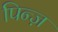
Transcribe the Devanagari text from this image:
पिन्ज़